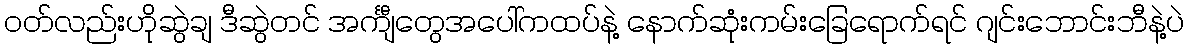
ဝတ်လည်းဟိုဆွဲချ ဒီဆွဲတင် အင်္ကျီတွေအပေါ်ကထပ်နဲ့ နောက်ဆုံးကမ်းခြေရောက်ရင် ဂျင်းဘောင်းဘီနဲ့ပဲ